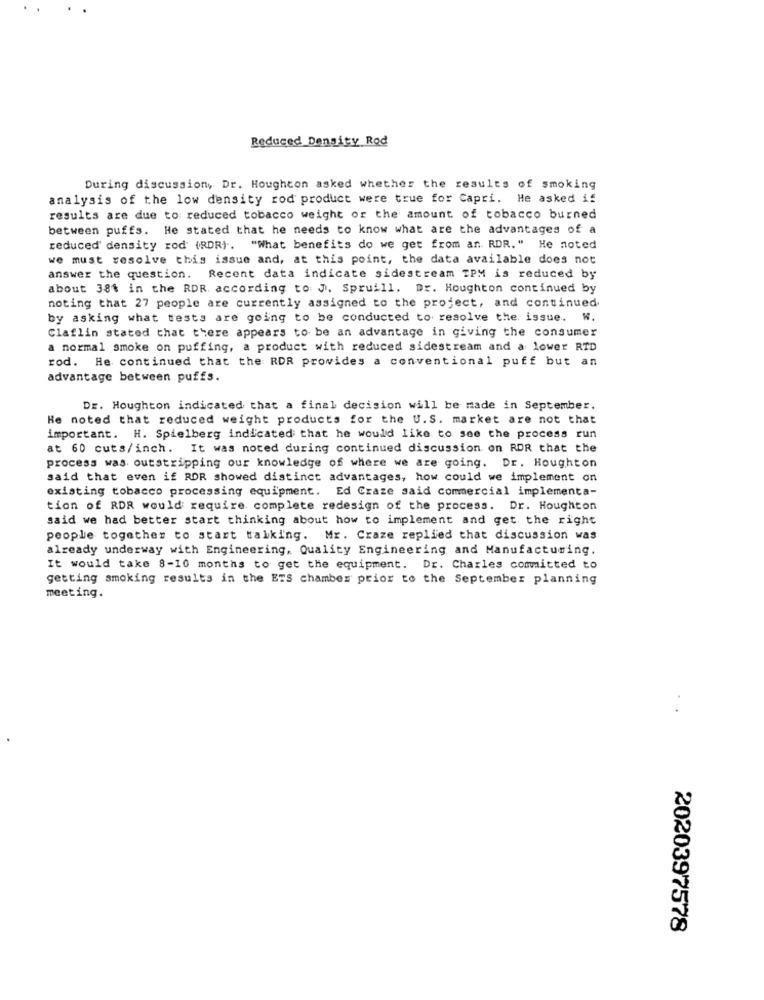
Reduced Density Rod
During discussion, Dr. Houghton asked whether the results of smoking
analysis of the low density rod product were true for Capri. He asked if
results are due to reduced tobacco weight or the amount of tobacco burned
between puffs. He stated that he needs to know what are the advantages of a
reduced density rod (RDR) -. "What benefits do we get from an. RDR." He noted
we must resolve this issue and, at this point, the data available does not
answer the question. Recent data indicate sidestream TPM is reduced by
about 384 in the RDR. according to J. Spruill. Dr. Houghton continued by
noting that 27 people are currently assigned to the project, and continued.
by asking what tests are going to be conducted to resolve the issue. W.
Claflin stated that there appears to be an advantage in giving the consumer
a normal smoke on puffing, a product with reduced sidestream and a lower RID
rod. He continued that the RDR provides a conventional puff but an
advantage between puffs.
Dr. Houghton indicated that a final decision will be made in September.
He noted that reduced weight products for the U.S. market are not that
important. H. Spielberg indicated that he would like to see the process run
at 60 cuts/inch. It was noted during continued discussion on ROR that the
process was outstripping our knowledge of where we are going. Dr. Houghton
said that even if RDR showed distinct advantages, how could we implement on
existing tobacco processing equipment. Ed Craze said commercial implementa-
tion of RDR would require complete redesign of the process. Dr. Houghton
said we had better start thinking about how to implement and get the right
people together to start talking. Mr. Craze replied that discussion was
already underway with Engineering, Quality Engineering and Manufacturing.
It would take 8-10 months to get the equipment. Dr. Charles committed to
getting smoking results in the ETS chamber prior to the September planning
meeting.
..
2020397578